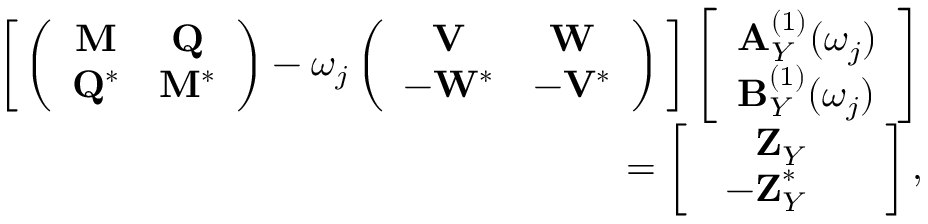
\begin{array} { r } { \bigg [ \left( \begin{array} { c c } { \mathbf { M } } & { \mathbf { Q } } \\ { \mathbf { Q } ^ { * } } & { \mathbf { M } ^ { * } } \end{array} \right) - \omega _ { j } \left( \begin{array} { c c } { \mathbf { V } } & { \mathbf { W } } \\ { - \mathbf { W } ^ { * } } & { - \mathbf { V } ^ { * } } \end{array} \right) \bigg ] \left[ \begin{array} { l } { \mathbf { A } _ { Y } ^ { ( 1 ) } ( \omega _ { j } ) } \\ { \mathbf { B } _ { Y } ^ { ( 1 ) } ( \omega _ { j } ) } \end{array} \right] } \\ { = \left[ \begin{array} { l } { \begin{array} { r l } { \mathbf { Z } _ { Y } } & { } \\ { \mathbf { - Z } _ { Y } ^ { * } } & { } \end{array} } \end{array} \right] , } \end{array}